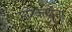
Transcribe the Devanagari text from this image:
मारेकर्यांना